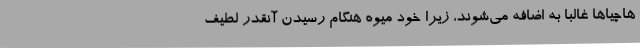
هاچیاها غالبا به اضافه می‌شوند، زیرا خود میوه هنگام رسیدن آنقدر لطیف